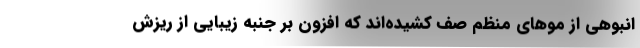
انبوهی از موهای منظم صف کشیده‌اند که افزون بر جنبه زیبایی از ریزش